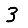
Digit: 3